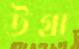
উগ্রা